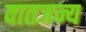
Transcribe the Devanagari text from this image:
वातजन्य